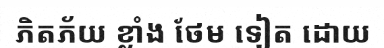
ភិតភ័យ ខ្លាំង ថែម ទៀត ដោយ